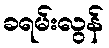
ခရမ်းလွန်